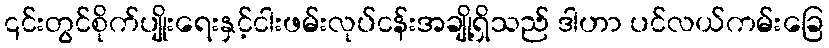
၎င်းတွင်စိုက်ပျိုးရေးနှင့်ငါးဖမ်းလုပ်ငန်းအချို့ရှိသည် ဒါဟာ ပင်လယ်ကမ်းခြေ